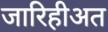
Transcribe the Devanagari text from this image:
जारिहीअत